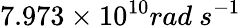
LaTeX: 7.973\times 10^{10}rad\ s^{-1}